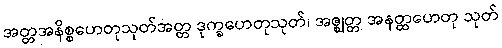
အတ္တအနိစ္စဟေတုသုတ်အတ္တ ဒုက္ခဟေတုသုတ်၊ အဇ္ဈတ္တ အနတ္ထဟေတု သုတ်